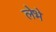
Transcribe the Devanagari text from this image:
लेभे